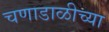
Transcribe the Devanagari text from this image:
चणाडाळीच्या